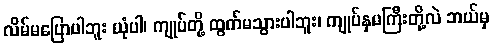
လိမ်မပြောပါဘူး ယုံပါ၊ ကျုပ်တို့ ထွက်မသွားပါဘူး၊ ကျုပ်နှမကြီးတို့လဲ ဘယ်မှ